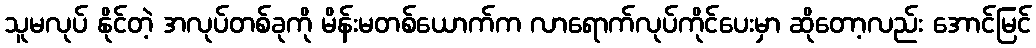
သူမလုပ် နိုင်တဲ့ အလုပ်တစ်ခုကို မိန်းမတစ်ယောက်က လာရောက်လုပ်ကိုင်ပေးမှာ ဆိုတော့လည်း အောင်မြင်